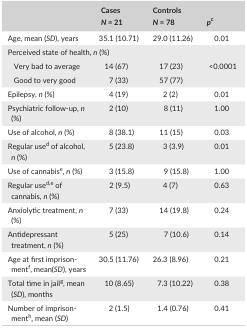
<table><thead><tr><td rowspan="2"></td><td><b>Cases</b></td><td><b>Controls</b></td><td rowspan="2"><b><i>p</i>c</b></td></tr><tr><td><b><i>N </i>=<i> </i>21</b></td><td><b><i>N </i>=<i> </i>78</b></td></tr></thead><tbody><tr><td>Age, mean (<i>SD</i>), years</td><td>35.1 (10.71)</td><td>29.0 (11.26)</td><td>0.01</td></tr><tr><td colspan="4">Perceived state of health, <i>n</i> (%)</td></tr><tr><td>Very bad to average</td><td>14 (67)</td><td>17 (23)</td><td rowspan="2">&lt;0.0001</td></tr><tr><td>Good to very good</td><td>7 (33)</td><td>57 (77)</td></tr><tr><td>Epilepsy, <i>n</i> (%)</td><td>4 (19)</td><td>2 (2)</td><td>0.01</td></tr><tr><td>Psychiatric follow‐up, <i>n</i> (%)</td><td>2 (10)</td><td>8 (11)</td><td>1.00</td></tr><tr><td>Use of alcohol, <i>n</i> (%)</td><td>8 (38.1)</td><td>11 (15)</td><td>0.03</td></tr><tr><td>Regular used of alcohol, <i>n</i> (%)</td><td>5 (23.8)</td><td>3 (3.9)</td><td>0.01</td></tr><tr><td>Use of cannabise, <i>n</i> (%)</td><td>3 (15.8)</td><td>9 (15.8)</td><td>1.00</td></tr><tr><td>Regular used<sup>,</sup>e of cannabis, <i>n</i> (%)</td><td>2 (9.5)</td><td>4 (7)</td><td>0.63</td></tr><tr><td>Anxiolytic treatment, <i>n</i> (%)</td><td>7 (33)</td><td>14 (19.8)</td><td>0.24</td></tr><tr><td>Antidepressant treatment, <i>n</i> (%)</td><td>5 (25)</td><td>7 (10.6)</td><td>0.14</td></tr><tr><td>Age at first imprisonmentf, mean(<i>SD</i>), years</td><td>30.5 (11.76)</td><td>26.3 (8.96)</td><td>0.21</td></tr><tr><td>Total time in jailg, mean (<i>SD</i>), months</td><td>10 (8.65)</td><td>7.3 (10.22)</td><td>0.38</td></tr><tr><td>Number of imprisonmenth, mean (<i>SD</i>)</td><td>2 (1.5)</td><td>1.4 (0.76)</td><td>0.41</td></tr></tbody></table>